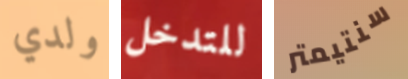
ولدي للتدخل سنتيمتر